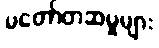
မတော်တဆမှုများ